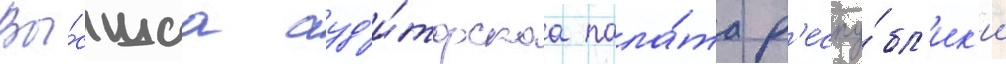
Вы́сшаа ауд'и́торскаа пала́та р'еспу́бл'ик'и